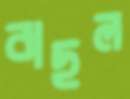
বাছল